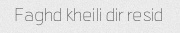
Faghd kheili dir resid